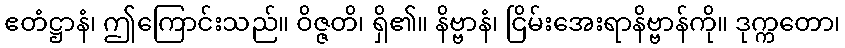
ဧတံဋ္ဌာနံ၊ ဤကြောင်းသည်။ ဝိဇ္ဇတိ၊ ရှိ၏။ နိဗ္ဗာနံ၊ ငြိမ်းအေးရာနိဗ္ဗာန်ကို။ ဒုက္ကတော၊